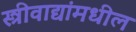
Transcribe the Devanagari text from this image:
स्त्रीवाद्यांमधील